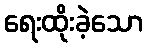
ရေးထိုးခဲ့သော